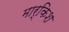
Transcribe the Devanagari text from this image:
मार्किश